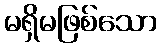
မရှိမဖြစ်သော